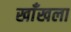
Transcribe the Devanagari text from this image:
खाँखला